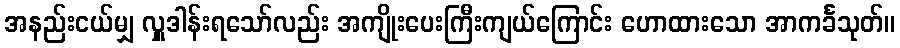
အနည်းငယ်မျှ လှူဒါန်းရသော်လည်း အကျိုးပေးကြီးကျယ်ကြောင်း ဟောထားသော အာကင်္ခသုတ်။